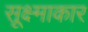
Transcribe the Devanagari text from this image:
सूक्ष्माकार